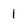
Character: 1